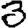
Digit: 3